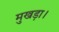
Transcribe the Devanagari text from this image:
मुखड़ा।